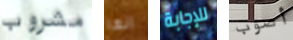
مشروب انها للإجابة أصوب